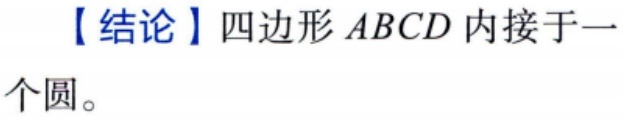
【结论】四边形 \(ABCD\) 内接于一个圆。